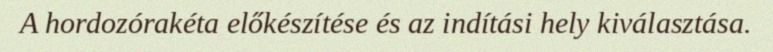
A hordozórakéta előkészítése és az indítási hely kiválasztása.